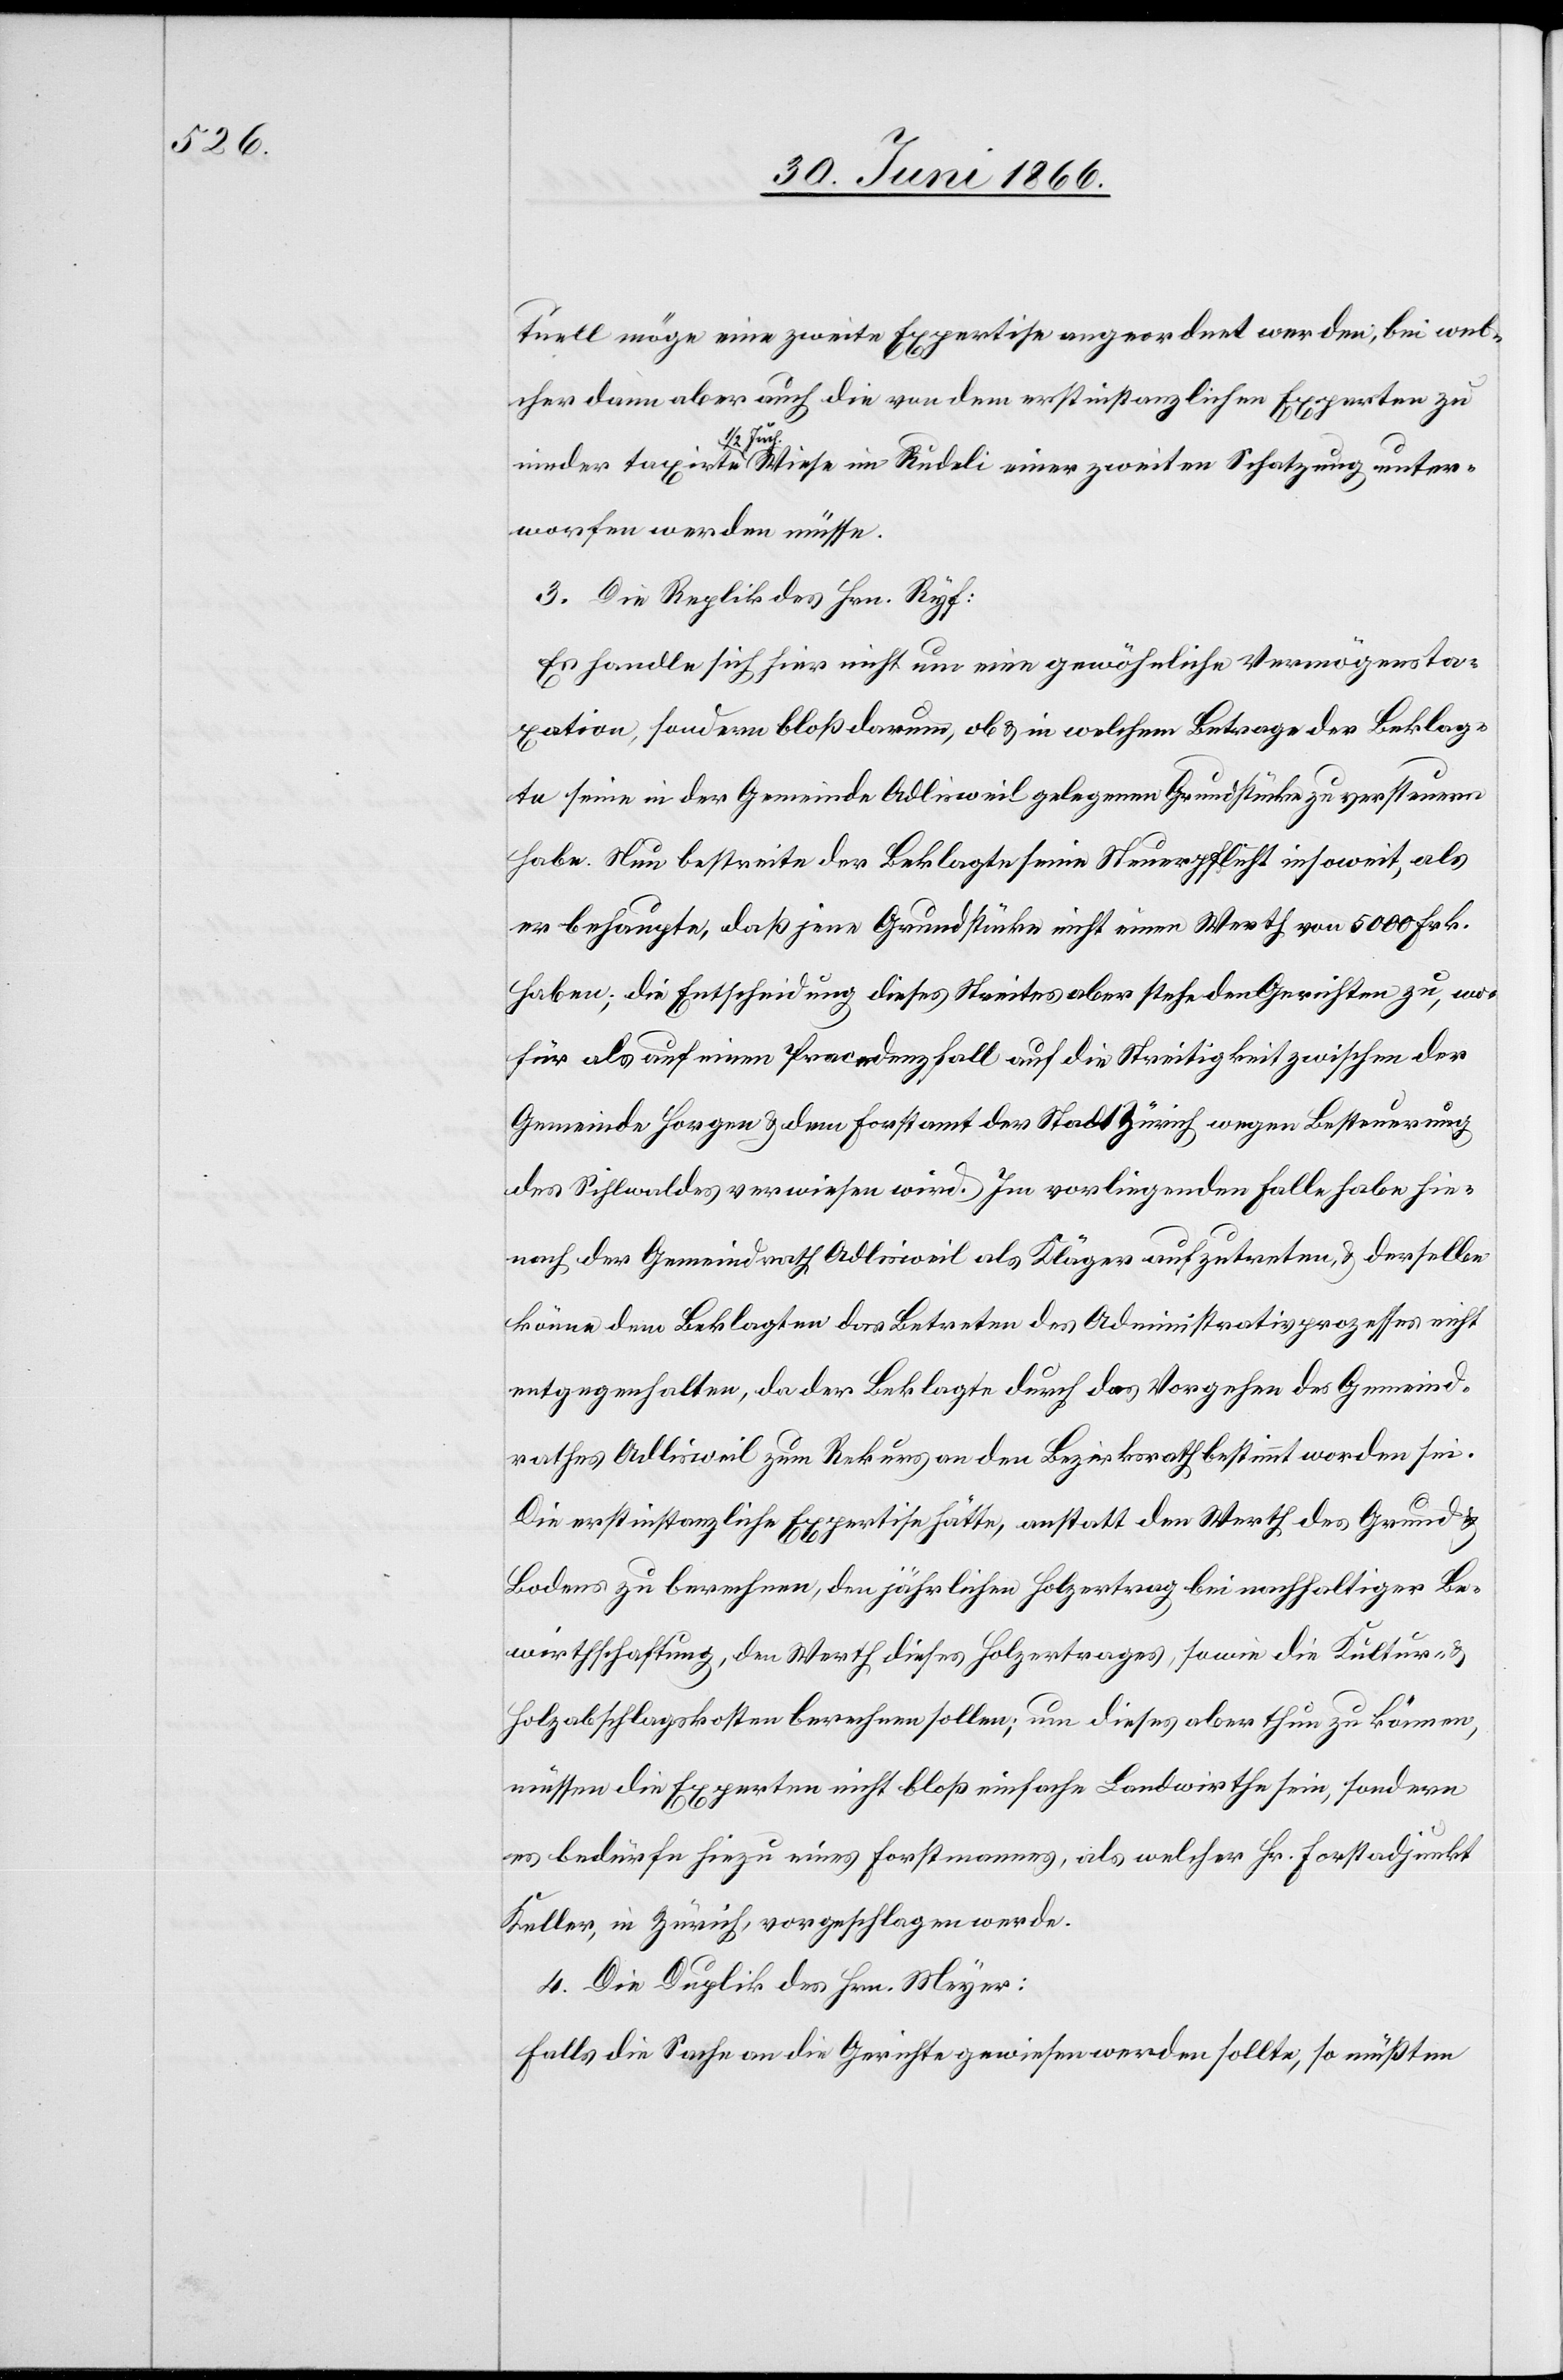
tuell möge eine zweite Expertise angeordnet werden, bei wel¬
cher dann aber auch die von dem erstinstanzlichen Experten zu
nieder taxirte ½ Juch. Wiese im Rudeli einer zweiten Schatzung unter¬
worfen werden müsse.
3. Die Replik des Hrn. Ryf:
Es handle sich hier nicht um eine gewöhnliche Vermögensta¬
xation, sondern bloß darum, ob u. in welchem Betrage der Beklag¬
te seine in der Gemeinde Adlisweil gelegenen Grundstücke zu versteuern
habe. Nun bestreite der Beklagte seine Steuerpflicht insoweit, als
er behaupte, daß jene Grundstücke nicht einen Werth von 5000 Frk.
haben; die Entscheidung dieses Streites aber stehe den Gerichten zu, wo¬
für als auf einem Pracedenzfall auf die Streitigkeit zwischen der
Gemeinde Horgen u. dem Forstamt der Stadt Zürich wegen Besteuerung
des Sihlwaldes verwiesen wird. Im vorliegenden Falle habe hie¬
nach der Gemeindrath Adlisweil als Kläger aufzutreten u. derselbe
könne dem Beklagten das Betreten des Administrativweges nicht
entgegenhalten, da der Beklagte durch das Vorgehen des Gemeind¬
rathes Adlisweil zum Rekurs an den Bezirksrath bestimmt worden sei.
Die erstinstanzliche Expertise hätte, anstatt den Werth des Grund
Bodens zu berechnen, den jährlichen Holzertrag bei nachhaltiger Be¬
wirthschaftung, den Werth dieses Holzertrages, sowie die Kultur- u.
Holzabschlagskosten berechnen sollen; um dieses aber thun zu können,
müssen die Experten nicht bloß einfache Landwirthe sein, sondern
es bedürfe hiezu eines Forstmannes, als welcher Hr. Forstadjunkt
Keller, in Zürich, vorgeschlagen werde.
4. Die Duplik des Hrn. Meyer:
Falls die Sache an die Gerichte gewiesen werden sollte, so müßten